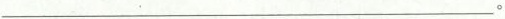
___。